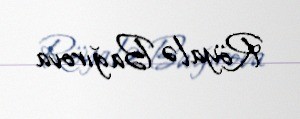
Röyalə Bağırova